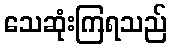
သေဆုံးကြရသည်